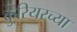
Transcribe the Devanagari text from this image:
कुरियरच्या